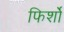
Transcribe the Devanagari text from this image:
फिर्शो